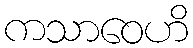
ကသာဝေဟိ